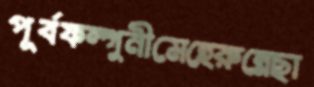
পূর্বফল্গুনীমেহেরুন্নেছা